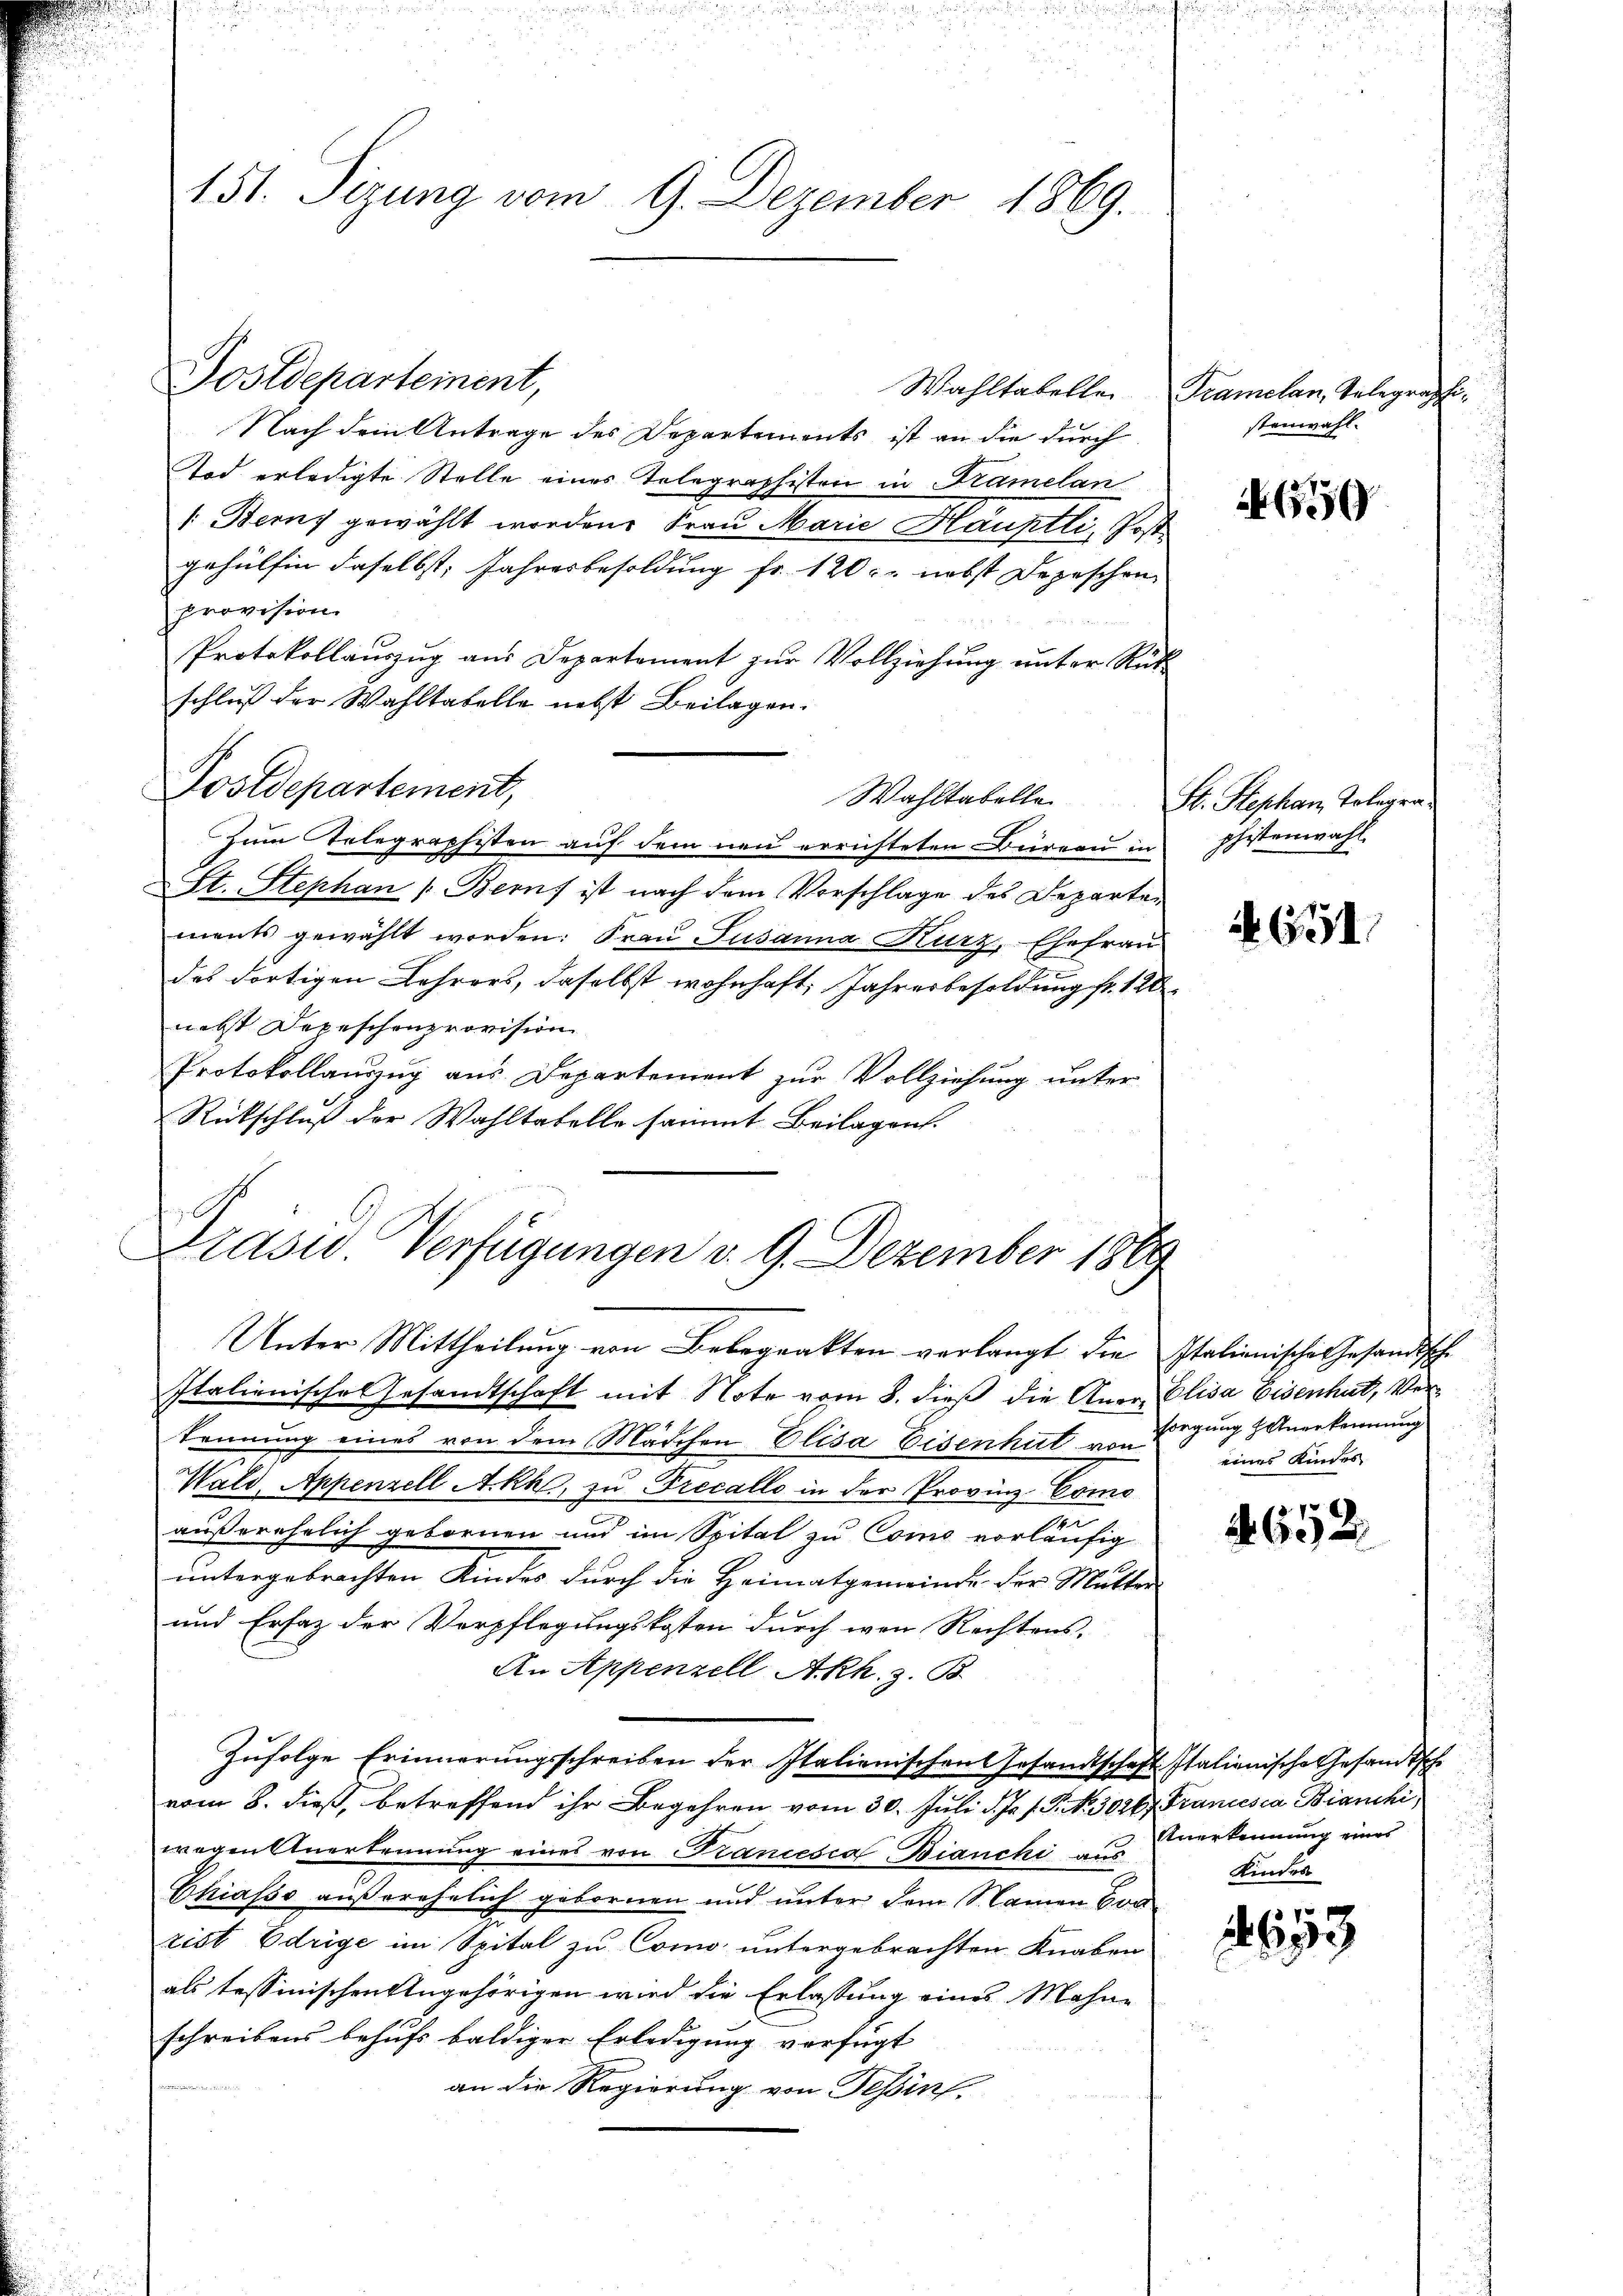
Postdepartement,
Wahltabellei
Nach dem Antrage des Departements ist an die durch
Tod erledigte Stelle eines Telegraphisten in Framelan
1. Berny gewählt worden. Frau Marie Hauptli, Postgehülfen daselbst, Jahresbesoldung fr. 120 r. nebst Depeschen
provision.
Protokollauszug aus Departement zŭr Vollziehŭng ŭnter Rück-
schluß der Wahltabelle nebst Beilagen.
Zum Telegraphisten auf dem neu errichteten Büreau in
St. Stephan (Berns ist nach dem Vorschlage des Departements gewählt worden: Fraŭ Susanna Kurz, Ehefrau
des dortigen Lehrers, daselbst wohnhaft, Jahresbesoldung fr. 120
nebst Depeschenprovision
Protokollauszug aus Departement zur Vollziehung unter
Rückschluß der Wahltabelle sammt Beilagen.
Prasw. Verfügungen v. 9. Dezember 1869
.
Unter Mittheilung von Bebegrakten verlangt die Italienisches Gesandische
Italienische Gesandtschaft mit Note vom 8. dieß die Aner- Elisa Eisenhut, Verkennung eines von dem Mädchen Elisa Eisenhut von
Wald, Appenzell A.Rh., zu Precallo in der Provinz Como
der
außerehelich gebornen und im Spital zu Como vorläufig
untergebrachten Kindes durch die Heimatgemeinde der Mutter
und Erfaz der Verpflegungskosten durch von Rechtens,
An Appenzell A.Rh. z. B.
Zŭfolge Erinnerungsschreiben der Italienischen Gesandtschaft Italienische Gesandtsch
vom 8. dieß, betreffend ihr Begehren vom 30. Juli d. Js. f. P. Nr. 30267 Francesca Bianchi
wegenstuerkennung eines von Krancesca Bianchi aus
Chiasso außerehelich gebornen und unter dem S. Camen Con
rist Edrige im Spital zu Como untergebrachten Knaben
als tessinischen Angehörigen wird die Erlassung eines Mohne
schreibens behufs baldiger Erledigung verfügt
an die Regierung von Tessin.

151. Sizung vom 9. Dezember 1869.

Postdepartement,

Wahltabelle

Tramelan, Telegraphe
stenwahl.

65

St. Stephan, Tolegra
phistenwahl.

651.

sorgung anerkennung
eines Kindes

652.

Anerkennung eines
Kindes